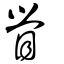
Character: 䁝